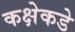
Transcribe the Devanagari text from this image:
कक्षेकडे